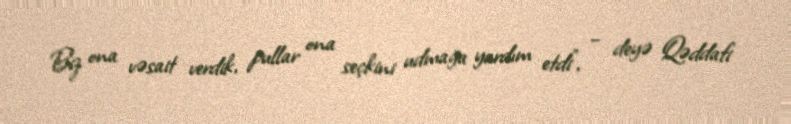
Biz ona vəsait verdik, pullar ona seçkini udmağa yardım etdi”, – deyə Qəddafi